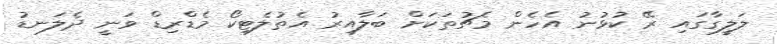
ލަލީގާގައި ރޭ ކުޅުނު އެހެން މެޗުތަކަށް ބަލާއިރު އެތުލެޓިކޯ މެޑްރިޑް ވަނީ ދެލަނޑު